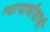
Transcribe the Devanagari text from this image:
न्यायाधीशाची